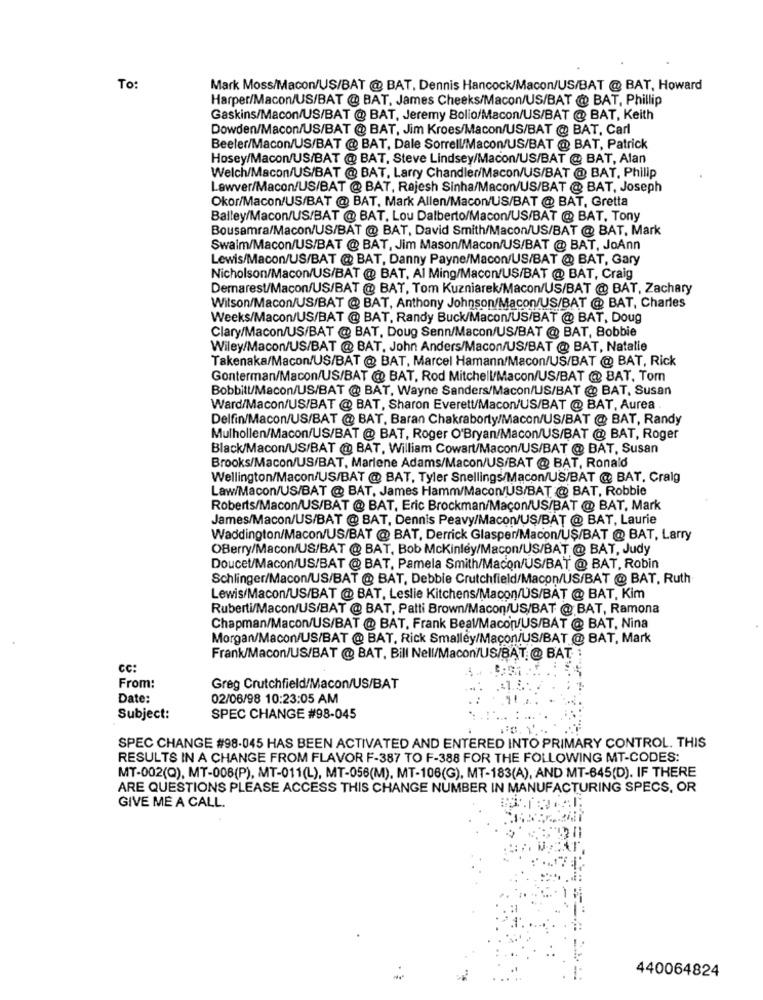
To
Mark Moss/Macon/US/BAT @ BAT, Dennis Hancock/Macon/US/BAT @ BAT, Howard
Harper/Macon/US/BAT @ BAT, James Cheeks/Macon/US/BAT @ BAT, Phillip
Gaskins/Macon/US/BAT @ BAT, Jeremy Bolio/Macon/US/BAT @ BAT, Keith
Dowden/Macon/US/BAT @ BAT, Jim Kroes/Macon/US/BAT @ BAT, Carl
Beeler/Macon/US/BAT @ BAT, Dale Sorrell/Macon/US/BAT @ BAT, Patrick
Hosey/Macon/US/BAT @ BAT, Steve Lindsey/Macon/US/BAT @ BAT, Alan
Welch/Macon/US/BAT @ BAT, Larry Chandler/Macon/US/BAT @ BAT, Philip
Lawver/Macon/US/BAT @ BAT, Rajesh Sinha/Macon/US/BAT @ BAT, Joseph
Okor/Macon/US/BAT @ BAT, Mark Allen/Macon/US/BAT @ BAT, Gretta
Balley/Macon/US/BAT @ BAT, Lou Dalberto/Macon/US/BAT @ BAT, Tony
Bousamra/Macon/US/BAT @ BAT, David Smith/Macon/US/BAT @ BAT, Mark
Swaim/Macon/US/BAT @ BAT, Jim Mason/Macon/US/BAT @ BAT, JoAnn
Lewis/Macon/US/BAT @ BAT, Danny Payne/Macon/US/BAT @ BAT, Gary
Nicholson/Macon/US/BAT @ BAT, Al Ming/Macon/US/BAT @ BAT, Craig
Dernarest/Macon/US/BAT @ BAT, Tom Kuzniarek/Macon/US/BAT @ BAT, Zachary
Wilson/Macon/US/BAT @ BAT, Anthony Johnson/Macon/US/BAT @ BAT, Charles
Weeks/Macon/US/BAT @ BAT, Randy Buck/Macon/US/BAT @ BAT, Doug
Clary/Macon/US/BAT @ BAT, Doug Senn/Macon/US/BAT @ BAT, Bobbie
Wiley/Macon/US/BAT @ BAT, John Anders/Macon/US/BAT @ BAT, Natalie
Takenaka/Macon/US/BAT @ BAT, Marcel Hamann/Macon/US/BAT @ BAT, Rick
Gonterman/Macon/US/BAT @ BAT, Rod Mitchell/Macon/US/BAT @ BAT, Tom
Bobbitt/Macon/US/BAT @ BAT, Wayne Sanders/Macon/US/BAT @ BAT, Susan
Ward/Macon/US/BAT @ BAT, Sharon Everett/Macon/US/BAT @ BAT, Aurea
Delfin/Macon/US/BAT @ BAT, Baran Chakraborty/Macon/US/BAT @ BAT, Randy
Mulhollen/Macon/US/BAT @ BAT, Roger O'Bryan/Macon/US/BAT @ BAT, Roger
Black/Macon/US/BAT @ BAT, William Cowart/Macon/US/BAT @ BAT, Susan
Brooks/Macon/US/BAT, Marlene Adams/Macon/US/BAT @ BAT, Ronald
Wellington/Macon/US/BAT @ BAT, Tyler Snellings/Macon/US/BAT @ BAT, Craig
Law/Macon/US/BAT @ BAT, James Hamm/Macon/US/BAT @ BAT, Robbie
Roberts/Macon/US/BAT @ BAT, Eric Brockman/Maçon/US/BAT @ BAT, Mark
James/Macon/US/BAT @ BAT, Dennis Peavy/Macon/US/BAT @ BAT, Laurie
Waddington/Macon/US/BAT @ BAT, Derrick Glasper/Macon/US/BAT @ BAT, Larry
OBerry/Macon/US/BAT @ BAT, Bob Mckinley/Macon/US/BAT @ BAT, Judy
Doucet/Macon/US/BAT @ BAT, Pamela Smith/Macon/US/BAT @ BAT, Robin
Schlinger/Macon/US/BAT @ BAT, Debbie Crutchfield/Macon/US/BAT @ BAT, Ruth
Lewis/Macon/US/BAT @ BAT, Leslie Kitchens/Macon/US/BAT @ BAT, Kim
Ruberti/Macon/US/BAT @ BAT, Patti Brown/Macon/US/BAT @ BAT, Ramona
Chapman/Macon/US/BAT @ BAT, Frank Beal/Macon/US/BAT @ BAT, Nina
Morgan/Macon/US/BAT @ BAT. Rick Smalley/Macon/US/BAT @ BAT, Mark
Frank/Macon/US/BAT @ BAT, Bill Nell/Macon/US/BAT @ BAT :
cc:
From:
Greg Crutchfield/Macon/US/BAT
Date:
02/06/98 10:23:05 AM
Subject:
SPEC CHANGE #98-045
SPEC CHANGE #98-045 HAS BEEN ACTIVATED AND ENTERED INTO PRIMARY CONTROL. THIS
RESULTS IN A CHANGE FROM FLAVOR F-387 TO F-388 FOR THE FOLLOWING MT-CODES:
MT-002(Q), MT-006(P), MT-011(L), MT-056(M), MT-106(G), MT-183(A), AND MT-645(D). IF THERE
ARE QUESTIONS PLEASE ACCESS THIS CHANGE NUMBER IN MANUFACTURING SPECS, OR
GIVE ME A CALL
440064824